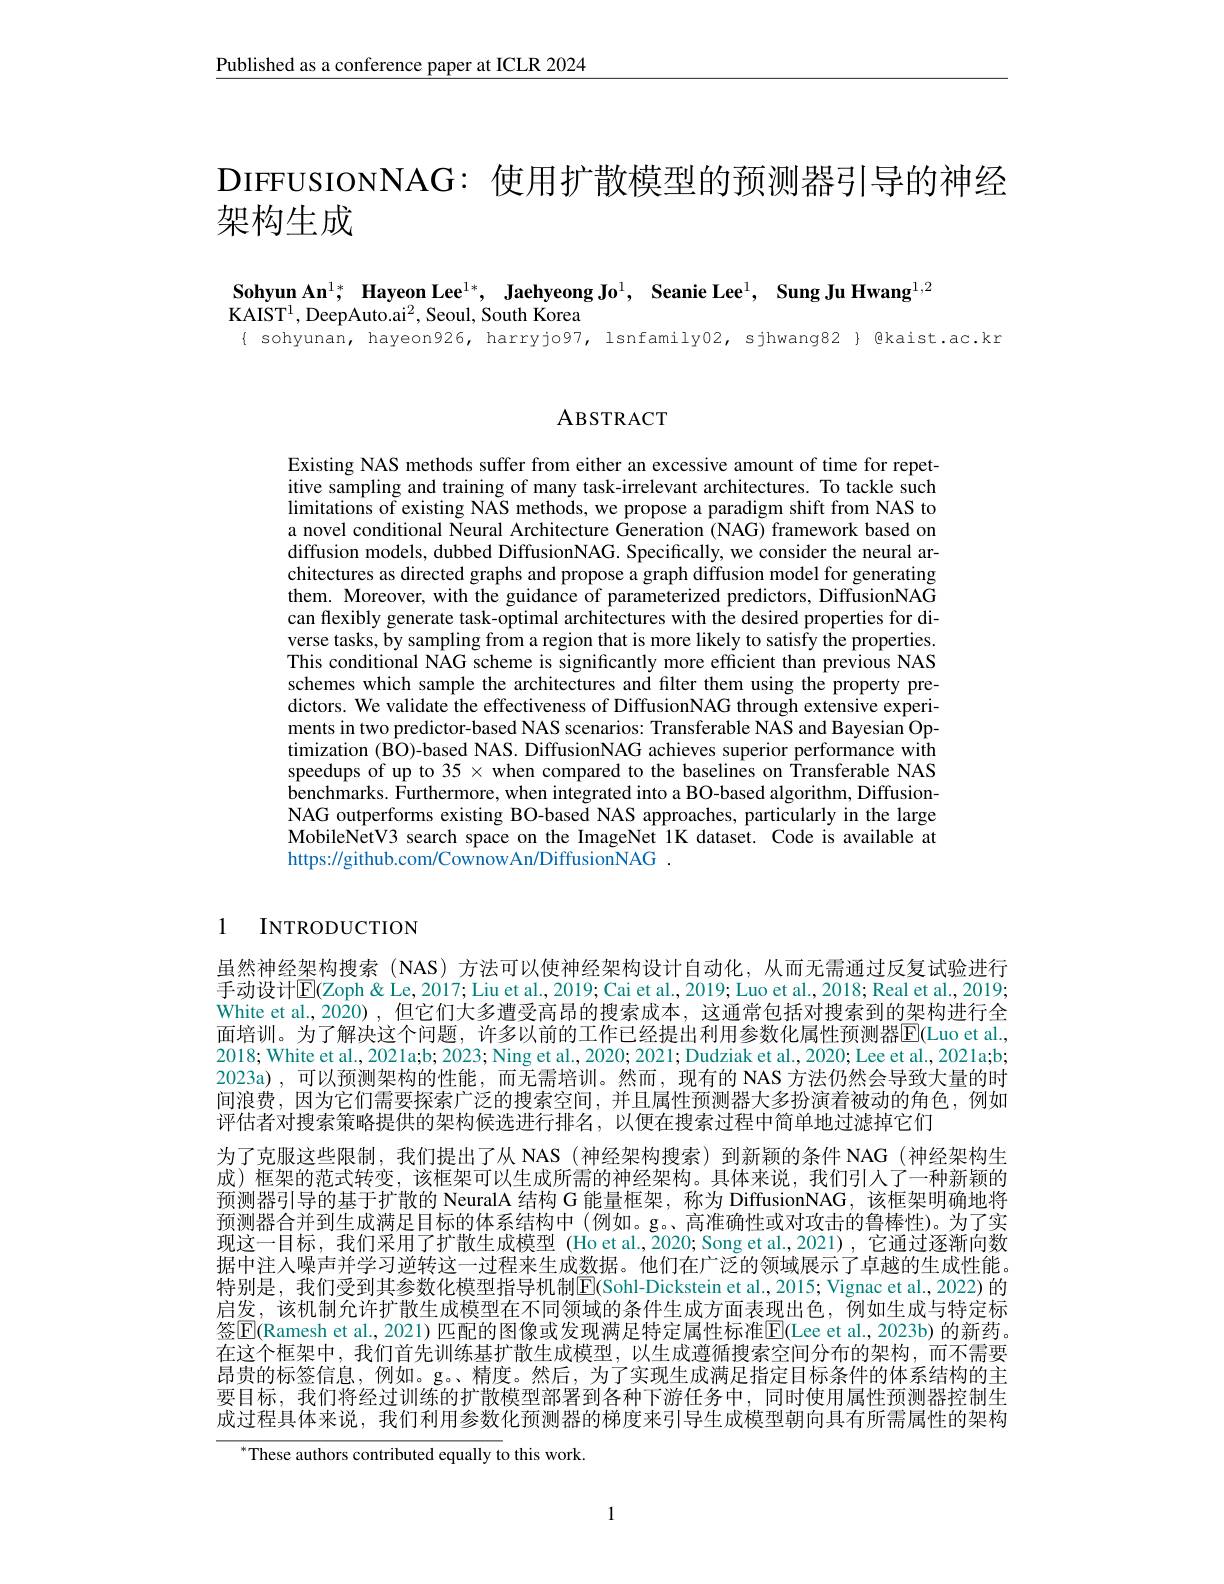
$\underline{\text{Published as a conference paper at ICLR 2024}}$

DIFFUSIONNAG: 使用扩散模型的预测器引导的神经
架构生成

Sohyun An$^1;$ Hayeon Lee$^{1* }$, Jaehyeong Jo$^1$, Seanie Lee$^1$, $\textbf{Sung Ju Hwang}^{1, 2}$
KAIST$^1$,DeepAuto.ai$^2$,Seoul, South Korea
{ sohyunan, hayeon926, harryjo97, lsnfamily02, sjhwang82} {@kaist.ac.kr

ABSTRACT

Existing NAS methods suffer from either an excessive amount of time for repetitive sampling and training of many task-irrelevant architectures. To tackle such $limitations~of~existing~NAS~methods,~we~propose~a~paradigm~shift~from~NAS~to$ a novel conditional Neural Architecture Generation (NAG) framework based on diffusion models, dubbed DiffusionNAG. Specifically, we consider the neural architectures as directed graphs and propose a graph diffusion model for generating them. Moreover, with the guidance of parameterized predictors, DiffusionNAG can flexibly generate task-optimal architectures with the desired properties for diverse tasks, by sampling from a region that is more likely to satisfy the properties. This conditional NAG scheme is significantly more efficient than previous NAS schemes which sample the architectures and filter them using the property predictors. We validate the effectiveness of DiffusionNAG through extensive experiments in two predictor-based NAS scenarios: Transferable NAS and Bayesian Optimization (BO)-based NAS. DiffusionNAG achieves superior performance with speedups of up to 35 × when compared to the baselines on Transferable NAS benchmarks. Furthermore, when integrated into a BO-based algorithm, DiffusionNAG outperforms existing BO-based NAS approaches, particularly in the large MobileNetV3 search space on the ImageNet 1K dataset. Code is available at https://github.com/CownowAn/DiffusionNAG.

# 1 INTRODUCTION

虽然神经架构搜索 (NAS) 方法可以使神经架构设计自动化，从而无需通过反复试验进行手动设计$\mathbb{E}($Zoph& Le, 2017; Liu et al., 2019; Cai et al., 2019; Luo et al., 2018; Real et al., 2019; White et al., 2020) , 但它们大多遭受高昂的搜索成本，这通常包括对搜索到的架构进行全面培训。为了解决这个问题，许多以前的工作已经提出利用参数化属性预测器$\overline{\mathrm{E}}($Luo et al. 2018; White et al., 2021a;b; 2023; Ning et al., 2020; 2021; Dudziak et al., 2020; Lee et al., 2021a;b; 2023a),可以预测架构的性能，而无需培训。然而，现有的 NAS 方法仍然会导致大量的时间浪费，因为它们需要探索广泛的搜索空间，并且属性预测器大多扮演着被动的角色，例如评估者对搜索策略提供的架构候选进行排名，以便在搜索过程中简单地过滤掉它们
为了克服这些限制，我们提出了从 NAS (神经架构搜索)到新颖的条件 NAG (神经架构生成)框架的范式转变，该框架可以生成所需的神经架构。具体来说，我们引人了一种新颖的预测器引导的基于扩散的 NeuralA 结构 G 能量框架，称为 DiffusionNAG ,该框架明确地将预测器合并到生成满足目标的体系结构中(例如。g。高准确性或对攻击的鲁棒性)。为了实现这一目标，我们采用了扩散生成模型 (Ho et al.,2020; Song et al.,2021), 它通过逐渐向数据中注人噪声并学习逆转这一过程来生成数据。他们在广泛的领域展示了卓越的生成性能。特别是，我们受到其参数化模型指导机制$\mathbb{E}($Sohl-Dickstein et al.,2015; Vignac et al., 2022)的启发，该机制允许扩散生成模型在不同领域的条件生成方面表现出色，例如生成与特定标签$\boxed{\mathrm{E}}($Ramesh et al.,2021) 匹配的图像或发现满足特定属性标准$\boxed{\mathrm{E}}($Lee et al., 2023b) 的新药。在这个框架中，我们首先训练基扩散生成模型，以生成遵循搜索空间分布的架构，而不需要昂贵的标签信息，例如。g。、精度。然后，为了实现生成满足指定目标条件的体系结构的主要目标，我们将经过训练的扩散模型部署到各种下游任务中，同时使用属性预测器控制生成过程具体来说，我们利用参数化预测器的梯度来引导生成模型朝向具有所需属性的架构
$^{*}$These authors contributed equally to this work.

1